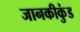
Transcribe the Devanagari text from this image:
जानकीकुंड